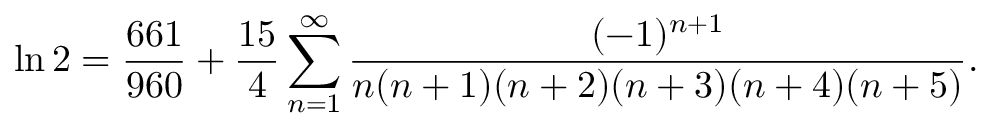
\ln 2 = { \frac { 6 6 1 } { 9 6 0 } } + { \frac { 1 5 } { 4 } } \sum _ { n = 1 } ^ { \infty } { \frac { ( - 1 ) ^ { n + 1 } } { n ( n + 1 ) ( n + 2 ) ( n + 3 ) ( n + 4 ) ( n + 5 ) } } .